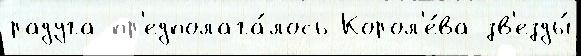
радуга пр'едполага́лось Корол'е́ва зв'езды́